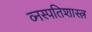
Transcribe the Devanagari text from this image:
व्नस्पतिशास्त्र